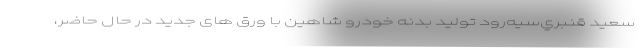
سعيد قنبري‌سيه‌رود تولید بدنه خودرو شاهین با ورق های جدید در حال حاضر،